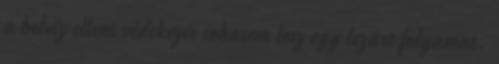
a belvíz elleni védekezés sohasem lesz egy lezárt folyamat.